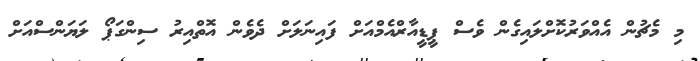
މި މެޗުން އެއްވަރުކޮށްލައިގެން ވެސް ޕީޑީއާރްއެމްއަށް ފައިނަލަށް ދެވެން އޮތްއިރު ސިންގަޕޯ ލަޔަންސްއަށް